Vaccine operations Central Provinces & Berar 1922-1929 - 1922-1929
Year: 1922
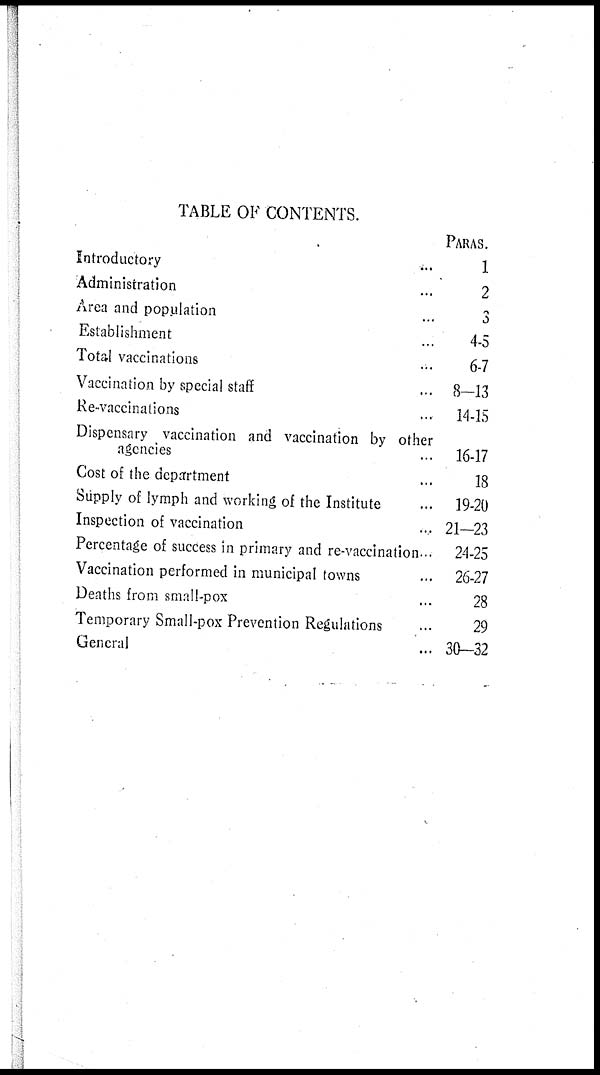
TABLE OF CONTENTS.
Introductory ...
Administration ...
Area and population ...
Establishment ...
Total vaccinations ...
Vaccination by special staff ...
Re-vaccinations ...
Dispensary vaccination and vaccination by other
agencies ...
Cost of the department ...
Supply of lymph and working of the Institute ...
Inspection of vaccination ...
Percentage of success in primary and re-vaccination...
Vaccination performed in municipal towns ...
Deaths from small-pox ...
Temporary Small-pox Prevention Regulations ...
General ...
PARAS.
1
2
3
4-5
6-7
8-13
14-15
16-17
18
19-20
21-23
24-25
26-27
28
29
30-32